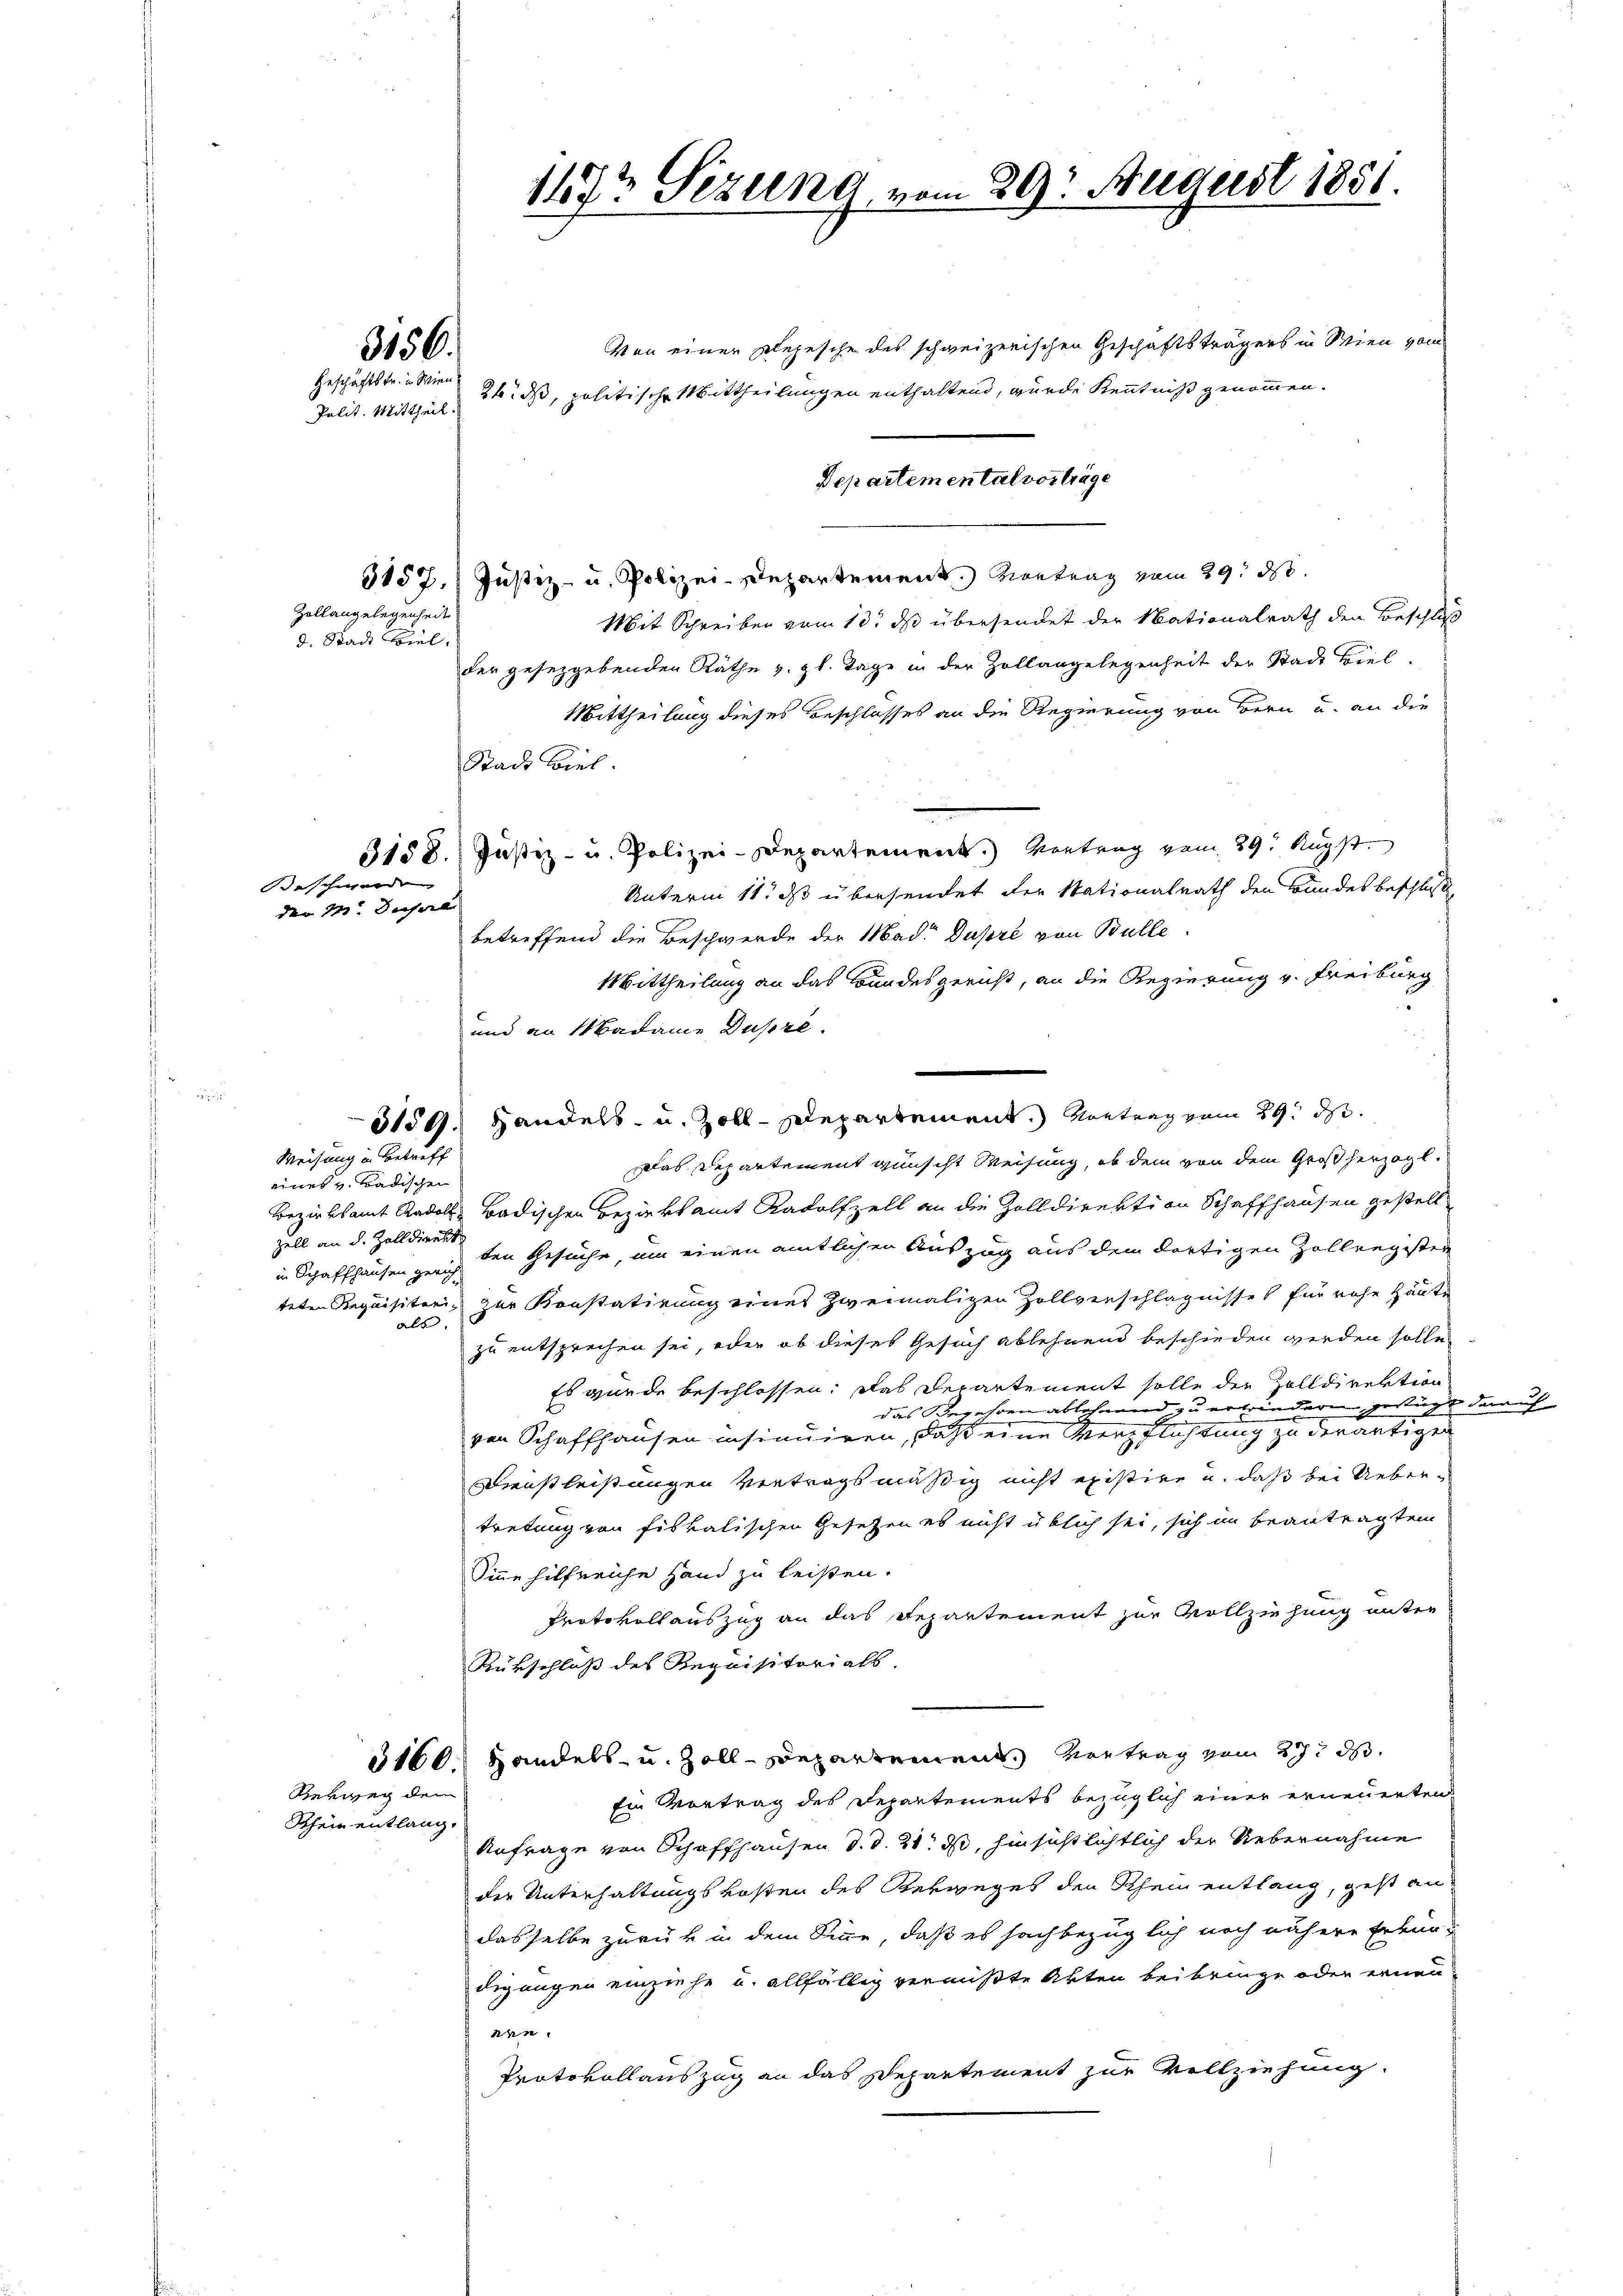
3156.

Geschäftstr. in Wien

Zollangelegenheit
d. Stadt Biel,

beschwerden
den 11. Deser

eines v. Badischen
Zell an d. Zolldirekt
in Schaffhausen geri
als.

Weisung in Betreff

Verweg dem

Rhein entlang.

Von einer Depesche des schweizerischen Geschäftsträgers in Wien vom
Polit. Mittheil 3tius, politische Mittheilungen enthaltend, wurde Kenntniß genommen.
Departemental vorträge
3157. Justiz- u. Polizei-Departement. Vortrag vom 29. d.
Mit Schreiben vom 10t ds übersendet der Nationalrath den Beschluß
der gesetzgebenden Räthe v. gl. Tage in der Zollangelegenheit der Stadt Biel
Mittheilung dieses Beschlosses an die Regierung von Bern u. an die
Stadt Biel.
3158. Justiz- u. Polizei-Departement.) Vortrag vom 29. Augst.
Unterm 11. ds übersendet der Stationalrath den Bundesbeschluß,
betreffend die Beschwerde der Madre Dupré von Bulle
Mittheilung an das Bundesgericht, an die Regierung v. Freiburg
und an Madame Dusire.
3159. Handels- u. Zoll-Departement. Vortrag vom 29. ds.
Das Departement wünscht Weisung, ob dem von dem Großherzogl.
Bezirksamt Radolf Badischen Bezierkamt Radolfzell an die Zolldirektion Schaffhausen gestell
ten Gesuche, um einen amtlichen Auszug aus dem dortigen Zollregisten
teten Requisitari, zur Konstatirung eines zweimaligen Zollverschlägnisses für rohe Häute
zu entsprechen sei, oder ob dieses Gesuch ablehnend beschieden werden solle
Es wurde beschlossen: Das Departement solle der Zolldirektion
das Begehren ablehnend zu ertrindern, gestügt darauf
von Schaffhausen insinuiren, daß eine Verpflichtung zu derartigen
Dienstleistungen vertragsmäßig nicht existire u. daß bei Uebertretung von fiskalischen Gesetzen es nicht üblich sei, sich im beantragten
Sinne hilfreihe Hand zu leisten.
Protokollauszug an das Departement zur Vollziehung unter
Rürschluß des Requisitorials.
3160. Handels- u. Zoll-Departement. Vortrag vom 27. ds.
Ein Vortrag des Departements bezüglich einer erneuerten
Anfrage von Schaffhausen d. d. 21. ds, hinsichtlichtlich der Uebernahme
der Unterhaltungskosten des Verweges den Rhein entlang, geht an
dasselbe zurück in dem Sinne, daß es sachbezüglich noch nähere Erkundigungen einziehe u. allfällig vermißte Akten beibringe oder ernen-
den.
Protokollauszug an das Departement zur Vollziehung.

1472 Sizung vom 29. August 1851.